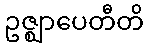
ဥဇ္ဈာပေတီတိ